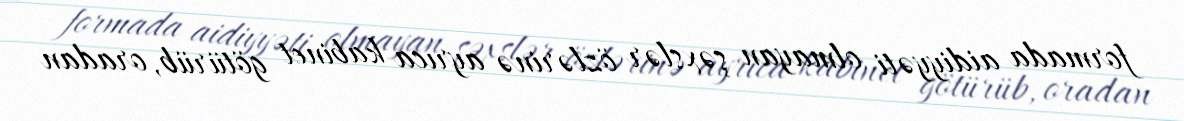
formada aidiyyəti olmayan şəxslər özlərinə ayrıca kabinet götürüb, oradan